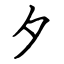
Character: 夕